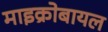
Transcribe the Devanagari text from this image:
माइक्रोबायल